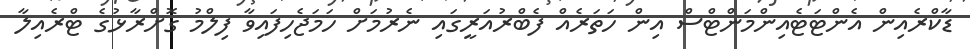
ޑާކްރެއިން އެންޓަޓެއިންމަންޓްސް އިން ހަތަރެއް ފެބްރުއަރީގައި ނެރުމަށް ހަމަޖެހިފައިވާ ފިލްމު ގޮށްރާޅުގެ ޓްރެއިލާ